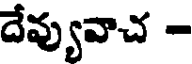
దేవ్యువాచ -